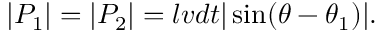
| P _ { 1 } | = | P _ { 2 } | = l v d t | \sin ( \theta - \theta _ { 1 } ) | .